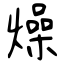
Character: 燥